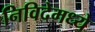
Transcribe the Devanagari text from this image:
निविदेमध्ये